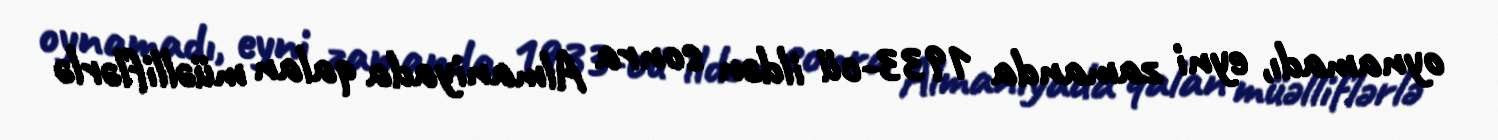
oynamadı, eyni zamanda 1933-cü ildən sonra Almaniyada qalan müəlliflərlə